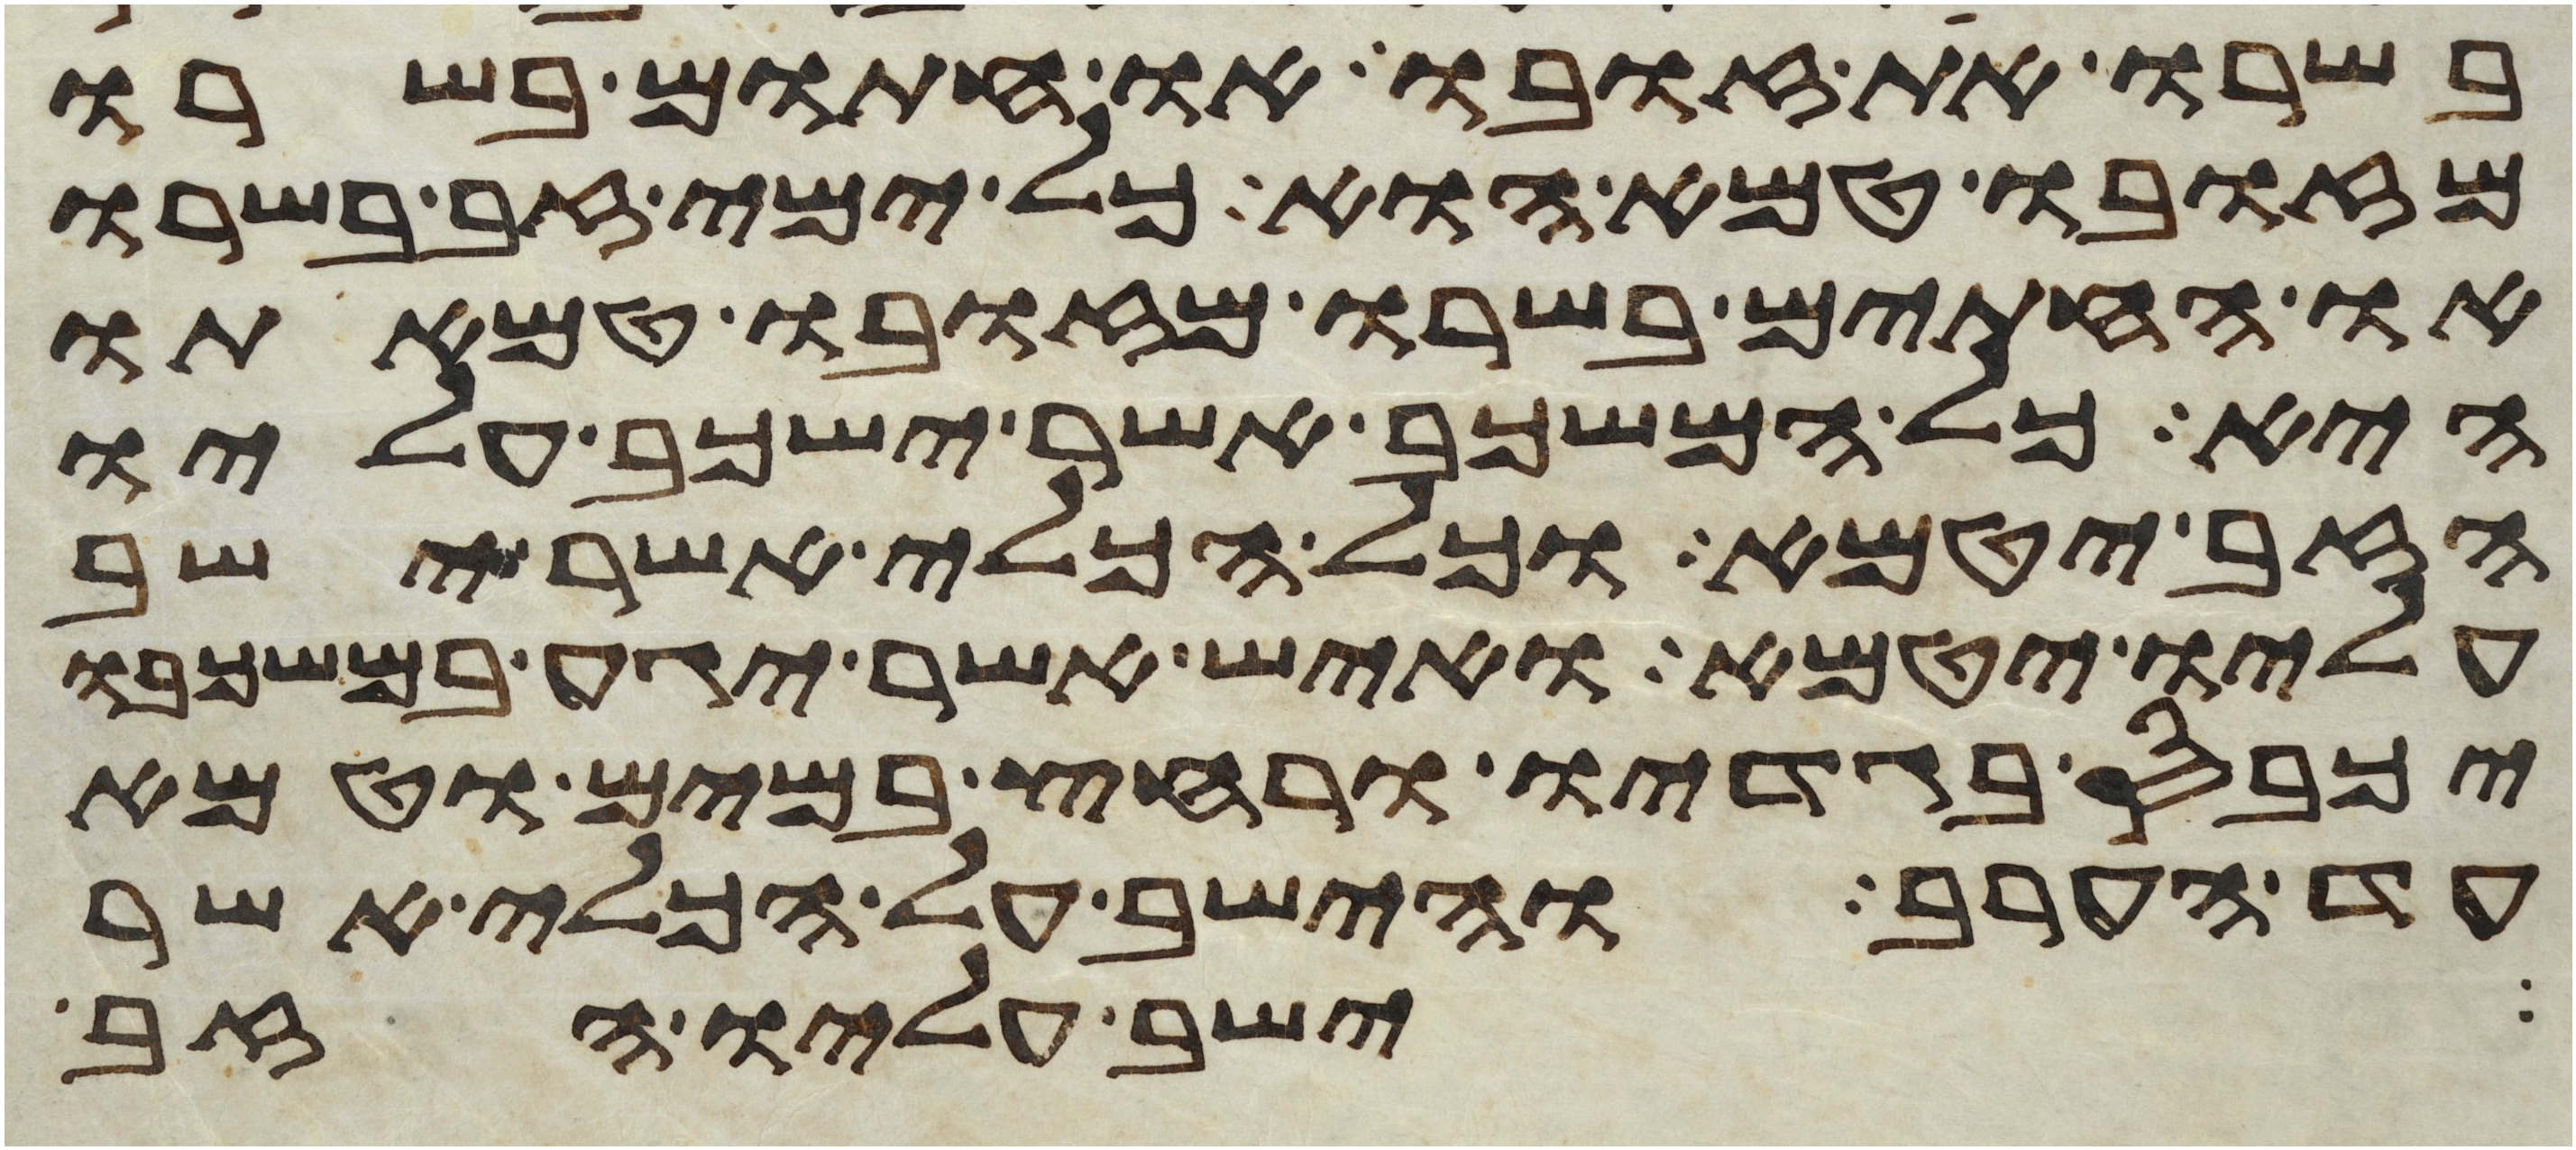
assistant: בשרו את זובו או חתום בשרו
מזובו טמא הוא כל ימי זב בשרו
או החתים בשרו מזובו טמאתו
היא כל המשכב אשר ישכב עליו
הזב יטמא וכל הכלי אשר ישב
עליו יטמא ואיש אשר יגע במשכבו
יכבס בגדיו ורחץ במים וטמא
עד הערב והישב על הכלי אשר
ישב עליו הזב